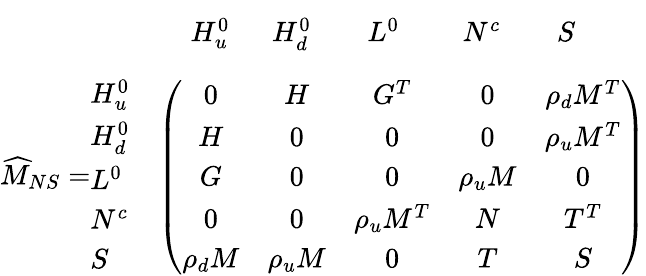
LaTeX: \begin{array}{rl}{{\vphantom{\bigg(}}}&{{\begin{array}{cccccc}{{\quad\, H_{u}^{0}}}&{{\ \ H_{d}^{0}}}&{{\quad L^{0}}}&{{\quad\ N^{c}}}&{{\quad S}}&{{}}\end{array}}}\\ {{\widehat{M}_{NS}=\begin{array}{l}{{H_{u}^{0}}}\\ {{H_{d}^{0}}}\\ {{L^{0}}}\\ {{N^{c}}}\\ {{S}}\end{array}}}&{{\left(\begin{array}{ccccc}{{0}}&{{H}}&{{G^{T}}}&{{0}}&{{\rho_{d}M^{T}}}\\ {{H}}&{{0}}&{{0}}&{{0}}&{{\rho_{u}M^{T}}}\\ {{G}}&{{0}}&{{0}}&{{\rho_{u}M}}&{{0}}\\ {{0}}&{{0}}&{{\rho_{u}M^{T}}}&{{N}}&{{T^{T}}}\\ {{\rho_{d}M}}&{{\rho_{u}M}}&{{0}}&{{T}}&{{S}}\end{array}\right)}}\end{array}